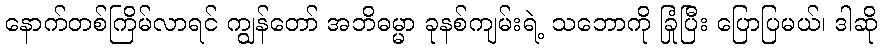
နောက်တစ်ကြိမ်လာရင် ကျွန်တော် အဘိဓမ္မာ ခုနစ်ကျမ်းရဲ့ သဘောကို ခြုံပြီး ပြောပြမယ်၊ ဒါဆို